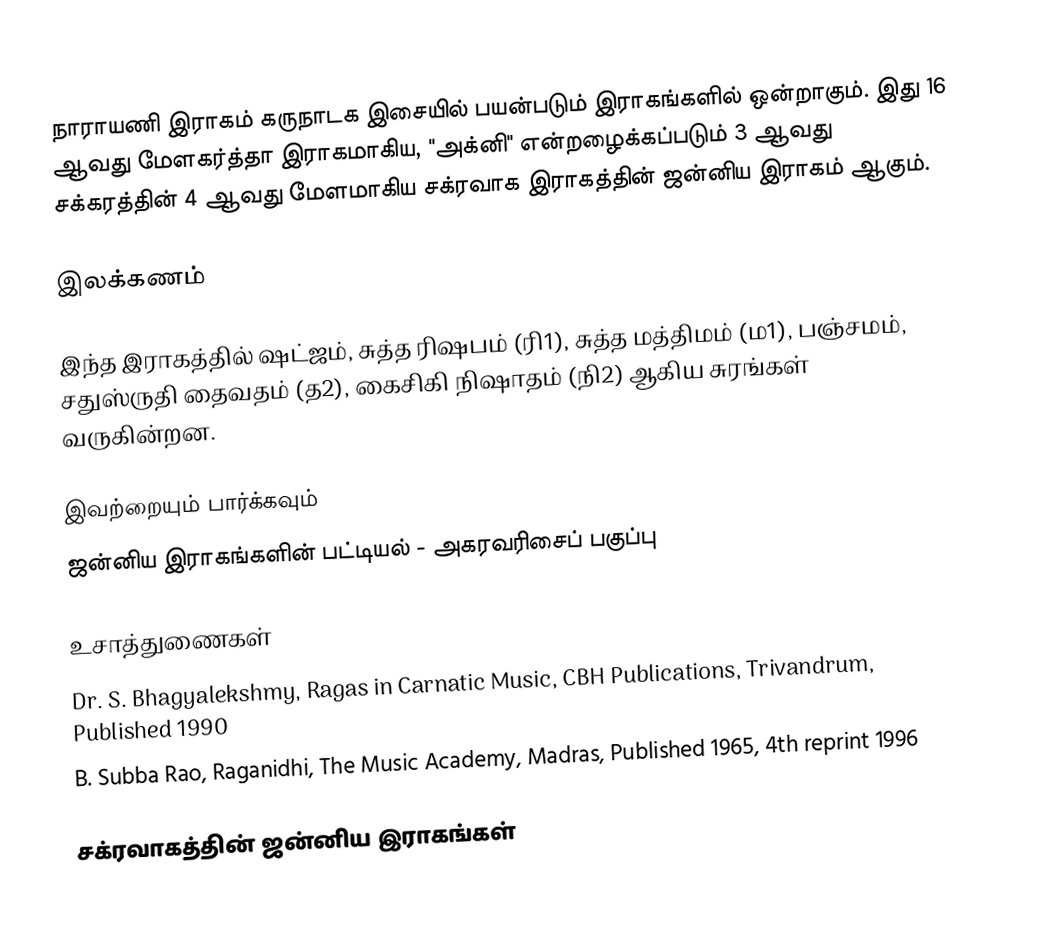
நாராயணி இராகம் கருநாடக இசையில் பயன்படும் இராகங்களில் ஒன்றாகும். இது 16 ஆவது மேளகர்த்தா இராகமாகிய, "அக்னி" என்றழைக்கப்படும் 3 ஆவது சக்கரத்தின் 4 ஆவது மேளமாகிய சக்ரவாக இராகத்தின் ஜன்னிய இராகம் ஆகும்.

இலக்கணம்

இந்த இராகத்தில் ஷட்ஜம், சுத்த ரிஷபம் (ரி1), சுத்த மத்திமம் (ம1), பஞ்சமம், சதுஸ்ருதி தைவதம் (த2), கைசிகி நிஷாதம் (நி2) ஆகிய சுரங்கள் வருகின்றன.

இவற்றையும் பார்க்கவும்
 ஜன்னிய இராகங்களின் பட்டியல் - அகரவரிசைப் பகுப்பு

உசாத்துணைகள்
 Dr. S. Bhagyalekshmy, Ragas in Carnatic Music, CBH Publications, Trivandrum, Published 1990
 B. Subba Rao, Raganidhi, The Music Academy, Madras, Published 1965, 4th reprint 1996

சக்ரவாகத்தின் ஜன்னிய இராகங்கள்